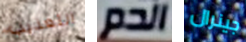
التعذيب الدم جينرال